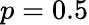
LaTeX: p=0.5